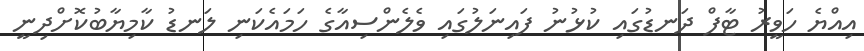
އިއްޔެ ހަވީރު ޓާފް ދަނޑުގައި ކުޅުނު ފައިނަލުގައި ވެލެންސިއާގެ ހަމައެކަނި ލަނޑު ކާމިޔާބުކޮށްދިނީ